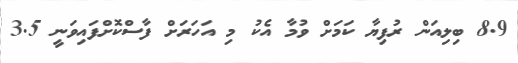
8.9 ބިލިއަން ރުފިޔާ ކަމަށް ވުމާ އެކު މި އަހަރަށް ފާސްކޮށްފައިވަނީ 3.5